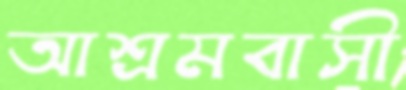
আশ্রমবাসী